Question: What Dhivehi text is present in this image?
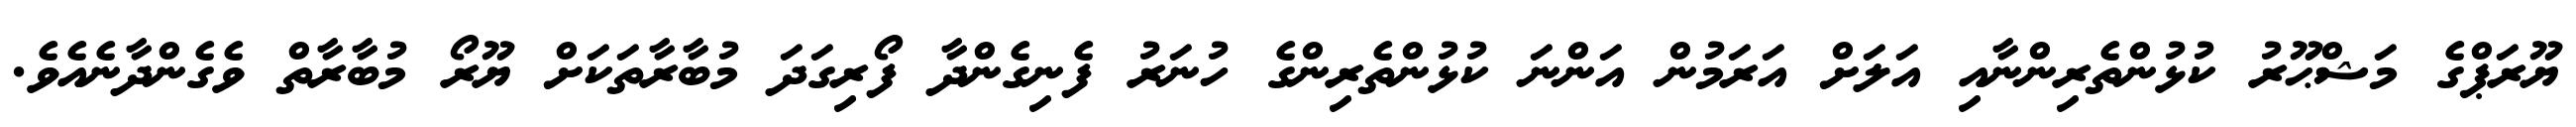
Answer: ޔޫރަޕްގެ މަޝްޙޫރު ކުޅުންތެރިންނާއި އަލަށް އަރަމުން އަންނަ ކުޅުންތެރިންގެ ހުނަރު ފެނިގެންދާ ފޯރިގަދަ މުބާރާތަކަށް ޔޫރޯ މުބާރާތް ވެގެންދާނެއެވެ.